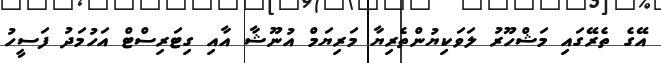
އޭގެ ތެރޭގައި މަޝްހޫރު ލަވަކިޔުންތެރިޔާ މަރިޔަމް އުނޫޝާ އާއި ގިޓަރިސްޓް އަހުމަދު ފަސީހު